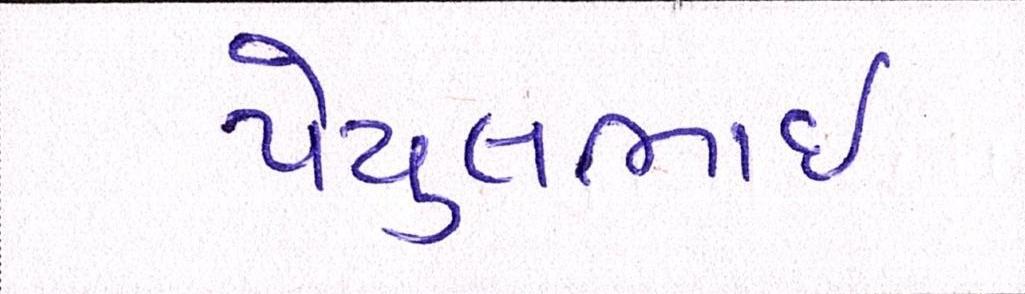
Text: પેયુલભાઈ